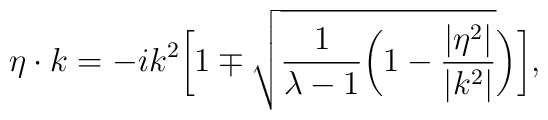
\eta\cdot k=-ik^2\biggl[1\mp \sqrt{{1\over{\lambda-1}}\biggl(1-{|\eta^2|\over{|k^2|}}}\biggr)\biggr],